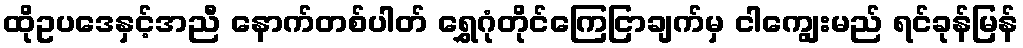
ထိုဥပဒေနှင့်အညီ နောက်တစ်ပါတ် ရွှေဂုံတိုင်ကြေငြာချက်မှ ငါကျွေးမည် ရင်ခုန်မြန်